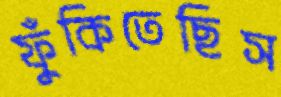
ফুঁকিতেছিস